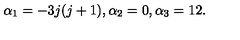
\alpha _ { 1 } = - 3 j ( j + 1 ) , \alpha _ { 2 } = 0 , \alpha _ { 3 } = 1 2 .